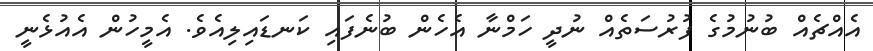
އެއްޗެއް ބުނުމުގެ ފުރުސަތެއް ނުދީ ހަމްނާ އެހެން ބުނެފައި ކަނޑައިލިއެވެ. އެމީހުން އެއުޅެނީ